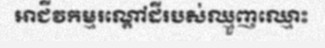
អាជីវកម្មរណ្តៅដីរបស់ឈ្មួញឈ្មោះ